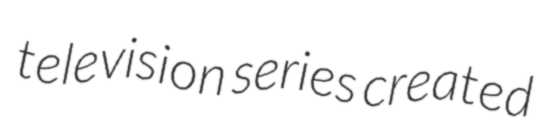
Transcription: television series created